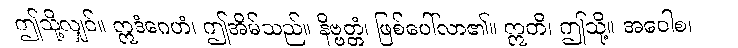
ဤသို့လျှင်။ ဣဒံဂေဟံ၊ ဤအိမ်သည်။ နိဗ္ဗတ္တံ၊ ဖြစ်ပေါ်လာ၏။ ဣတိ၊ ဤသို့။ အဝေါစ၊